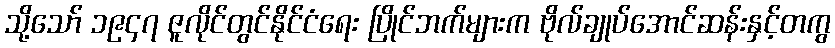
သို့သော် ၁၉၄၇ ဇူလိုင်တွင်နိုင်ငံရေး ပြိုင်ဘက်များက ဗိုလ်ချုပ်အောင်ဆန်းနှင့်တကွ